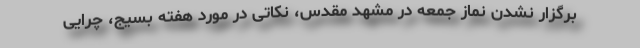
برگزار نشدن نماز جمعه در مشهد مقدس، نکاتی در مورد هفته بسیج، چرایی